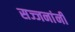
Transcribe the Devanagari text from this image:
सज्जनांनी